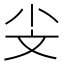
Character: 𣁂